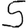
Digit: 5